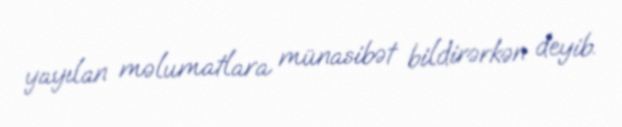
yayılan məlumatlara münasibət bildirərkən deyib.